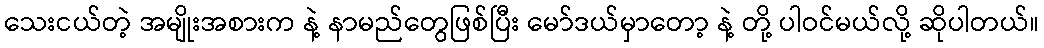
သေးငယ်တဲ့ အမျိုးအစားက နဲ့ နာမည်တွေဖြစ်ပြီး မော်ဒယ်မှာတော့ နဲ့ တို့ ပါဝင်မယ်လို့ ဆိုပါတယ်။